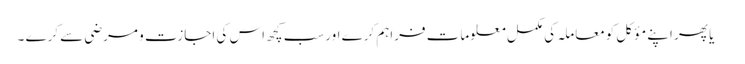
 یا پھر اپنے مؤکل کومعاملہ کی مکمل معلومات فراہم کرے اورسب کچھ اس کی اجازت و مرضی سے کرے ۔